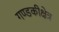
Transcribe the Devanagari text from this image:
गण्डकीक्षेत्र